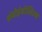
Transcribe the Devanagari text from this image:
थ्रंबोइंबोलिज्म